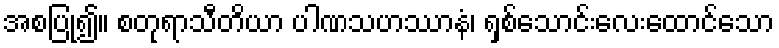
အစပြု၍။ စတုရာသီတိယာ ပါဏသဟဿာနံ၊ ရှစ်သောင်းလေးထောင်သော